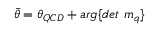
\bar { \theta } = { \theta } _ { Q C D } + a r g \{ d e t ~ m _ { q } \} ~